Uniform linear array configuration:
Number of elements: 16
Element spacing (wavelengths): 0.5
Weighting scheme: uniform
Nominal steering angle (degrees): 30
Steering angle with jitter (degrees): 30.254
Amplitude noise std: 0.05
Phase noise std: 0.05

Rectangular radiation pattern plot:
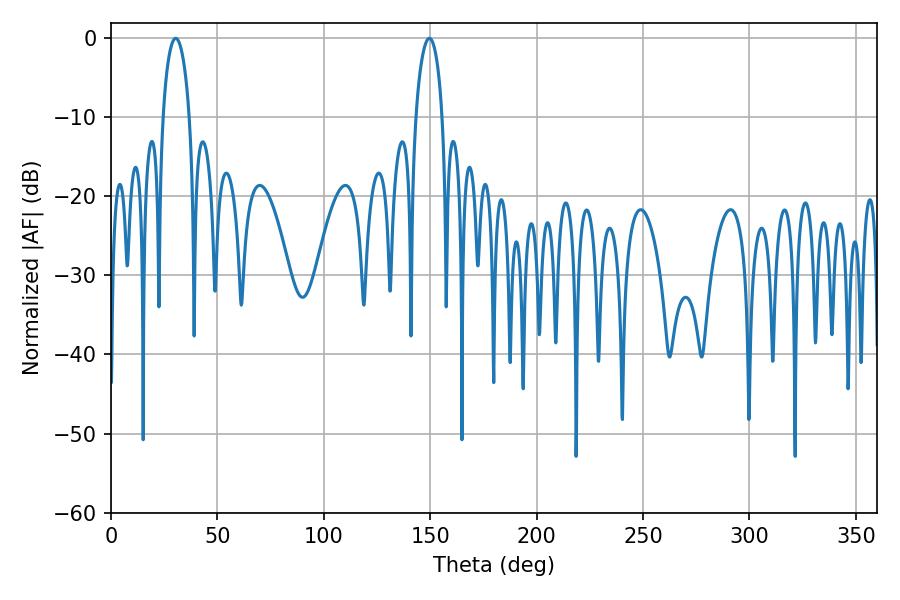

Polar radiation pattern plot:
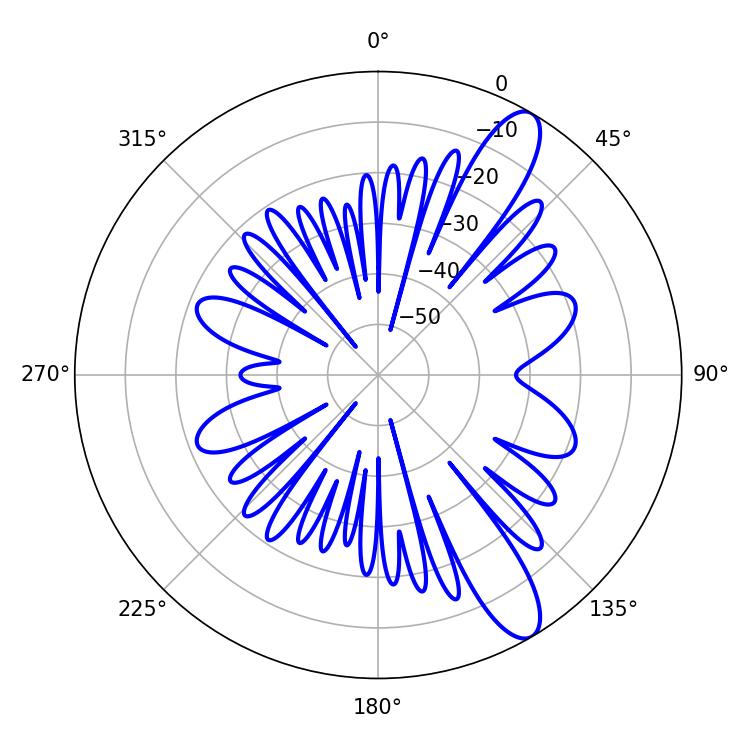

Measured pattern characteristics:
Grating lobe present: FALSE
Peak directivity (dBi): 11.407
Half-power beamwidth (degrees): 7.2
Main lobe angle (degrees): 30.42